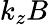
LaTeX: k_{z}B